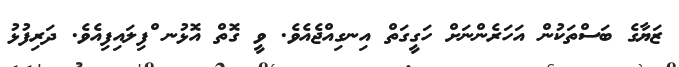
ޒަޔާގެ ބަސްތަކުން އަހަރެންނަށް ހަގީގަތް އިނގިއްޖެއެވެ. ވީ ގޮތް އޮޅުނ ްފިލައިފިއެވެ. ދަރިފުޅު